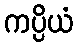
ကပ္ပိယံ